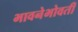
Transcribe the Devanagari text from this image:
भावनेभोवती